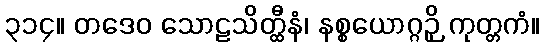
၃၁၄။ တဒေဝ သောဠသိတ္ထီနံ၊ နစ္စယောဂ္ဂဉှိ ကုတ္တကံ။